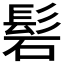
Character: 𮫁